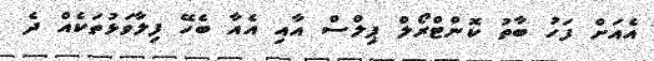
އެއަށް ފަހު ބާތު ކޮންޓްރޯލް ޕިލްސް އާއި އެއާ ބެހޭ ފިލާވަޅުތަކެއް ދެ